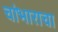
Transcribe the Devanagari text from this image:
चांभाराचा